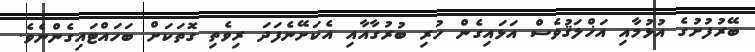
ބޭރުފުށުގެ އުޅުމާއި އަޚްލަޤުވެސް އަޅައިގެން ހުރި ބުރުގާއާއި އެކަށޭނެފަދަ ރިވެތި ގޮތަކަށް ބަހައްޓައިގެންނެވެ.